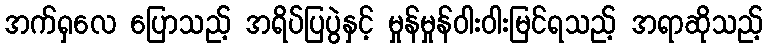
အက်ရှလေ ပြောသည့် အရိပ်ပြပွဲနှင့် မှုန်မှုန်ဝါးဝါးမြင်ရသည့် အရာဆိုသည့်